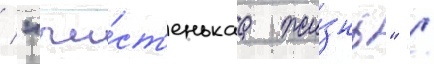
/ "чи́ст'енькаа жи́знь" /